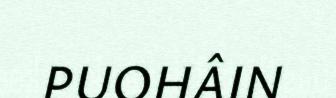
PUOHÂIN